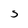
Character: S